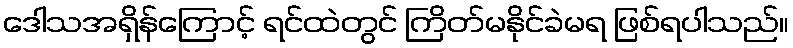
ဒေါသအရှိန်ကြောင့် ရင်ထဲတွင် ကြိတ်မနိုင်ခဲမရ ဖြစ်ရပါသည်။